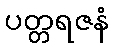
ပတ္တရဇနံ